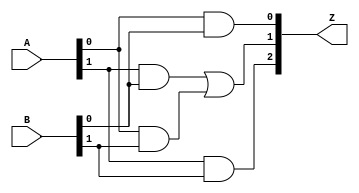
// MIT License
// 
// Copyright (c) 2021-2024 iCAS Lab
// 
// Permission is hereby granted, free of charge, to any person obtaining a copy
// of this software and associated documentation files (the "Software"), to deal
// in the Software without restriction, including without limitation the rights
// to use, copy, modify, merge, publish, distribute, sublicense, and/or sell
// copies of the Software, and to permit persons to whom the Software is
// furnished to do so, subject to the following conditions:
// 
// The above copyright notice and this permission notice shall be included in all
// copies or substantial portions of the Software.
// 
// THE SOFTWARE IS PROVIDED "AS IS", WITHOUT WARRANTY OF ANY KIND, EXPRESS OR
// IMPLIED, INCLUDING BUT NOT LIMITED TO THE WARRANTIES OF MERCHANTABILITY,
// FITNESS FOR A PARTICULAR PURPOSE AND NONINFRINGEMENT. IN NO EVENT SHALL THE
// AUTHORS OR COPYRIGHT HOLDERS BE LIABLE FOR ANY CLAIM, DAMAGES OR OTHER
// LIABILITY, WHETHER IN AN ACTION OF CONTRACT, TORT OR OTHERWISE, ARISING FROM,
// OUT OF OR IN CONNECTION WITH THE SOFTWARE OR THE USE OR OTHER DEALINGS IN THE
// SOFTWARE.

// Company: iCAS Lab, University of South Carolina
// Design Name: 
// Module Name: UDM_BB
// Project Name: 
// Target Devices: 
// Tool Versions: 
// Description: 
// 
// Dependencies: 
// 
// Revision:
// Revision 0.01 - File Created
// Additional Comments:
// 
//////////////////////////////////////////////////////////////////////////////////



`timescale 1ns / 1ps
module UDM_BB #(parameter WIDTH = 2) //UDM Building block
(
    input  wire   [WIDTH-1:0]     A,B,     //input
    output reg   [(2*WIDTH)-1:0] Z        //output
);

genvar i;

generate
    for (i = 0; i < WIDTH; i = i + 1) begin: GEN_BLK
        always @* begin
            Z[2*i] = A[i] & B[i];  // Assign Z[2*i] with A[i] & B[i]

            // Assign Z[2*i + 1] with A[i+1] & B[i] | A[i] & B[i+1] for i < WIDTH-1
            if (i < WIDTH - 1) 
                Z[2*i + 1] = (A[i+1] & B[i]) | (A[i] & B[i+1]);
        end
    end
endgenerate

endmodule



/*
module UDM_BB #(parameter WIDTH = 2) //UDM Building block
(
input	wire	[WIDTH-1:0]		A,B,	 //input
output	wire	[2*WIDTH-1:0]	Z		 //output
);

assign	Z[0] = A[0] & B[0] ;

assign	Z[1] = (A[1] & B[0]) | (A[0] & B[1]) ;

assign	Z[2] = A[1] & B[1] ;

assign	Z[3] = 0 ;

endmodule
*/